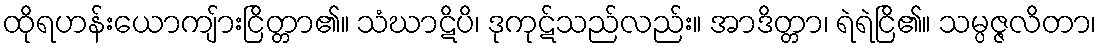
ထိုရဟန်းယောကျ်ားငြိတ္တာ၏။ သံဃာဋိပိ၊ ဒုကုဋ်သည်လည်း။ အာဒိတ္တာ၊ ရဲရဲငြိ၏။ သမ္ပဇ္ဇလိတာ၊